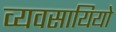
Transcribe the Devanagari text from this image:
व्यवसायियो